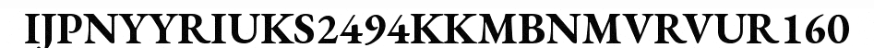
IJPNYYRIUKS2494KKMBNMVRVUR160